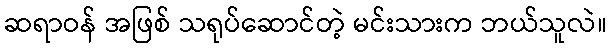
ဆရာဝန် အဖြစ် သရုပ်ဆောင်တဲ့ မင်းသားက ဘယ်သူလဲ။